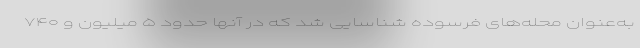
به‌عنوان محله‌های فرسوده شناسایی شد که در آنها حدود ۵ میلیون و ۷۴۰